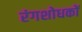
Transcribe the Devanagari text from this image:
रंगशोधकों